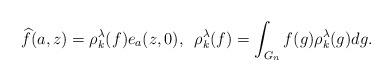
LaTeX: \begin{align*} \widehat{f}(a,z) = \rho_k^\lambda(f)e_a(z,0),\,\,\, \rho_k^\lambda(f) = \int_{G_n} f(g) \rho_k^\lambda(g) dg.\end{align*}